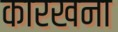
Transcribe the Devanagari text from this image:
कारखना